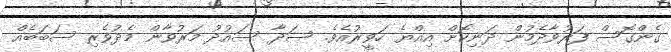
ގެންގޮސް ފަރުވާދެމުން ދަނިކޮށް އިއްޔެ ހަވީރުއެވެ. ސަދާ ސައުދު މަރުވާން މެދުވެރި ސަބަބެއް